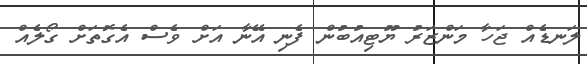
ލަނޑެއް ޖަހާ މަންޒަރު ޔޫޓިއުބުން ފެނި އޭނާ އަށް ވެސް އެގޮތަށް ގޯލެއް